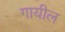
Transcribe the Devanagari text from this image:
गायील